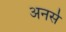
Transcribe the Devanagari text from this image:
अनर्स